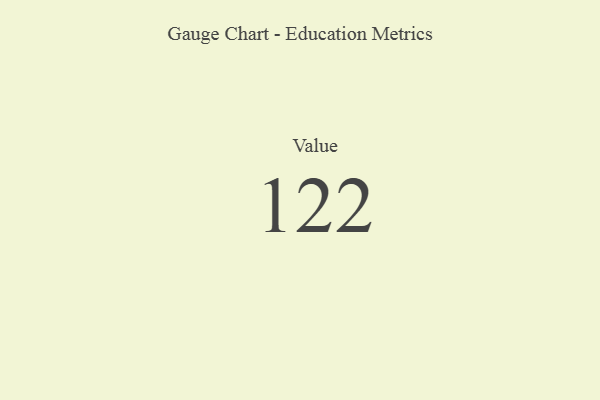
{"axis": {"x": "Metric", "y": "Value"}, "legend": [""], "data": [{"x": "Value", "y": 122, "type": ""}]}